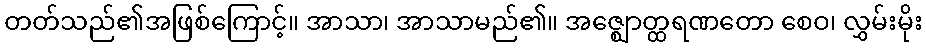
တတ်သည်၏အဖြစ်ကြောင့်။ အာသာ၊ အာသာမည်၏။ အဇ္ဈောတ္ထရဏတော စေဝ၊ လွှမ်းမိုး